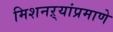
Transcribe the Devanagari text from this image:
मिशनऱ्यांप्रमाणे